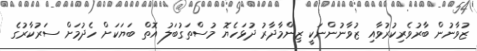
ޒުވާނުން ބާރުވެރިކުރުވާއި ޒުވާނުންނަކީ ޒިންމާދާރު ދުޅަހެޔޮ މުސްތަގުބަލު އޮތް ބަޔަކަށް ހެދުމަށް ސަރުކާރުގެ